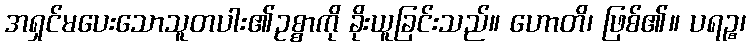
အရှင်မပေးသောသူတပါး၏ဥစ္စာကို ခိုးယူခြင်းသည်။ ဟောတိ၊ ဖြစ်၏။ ပရဉ္စ၊